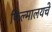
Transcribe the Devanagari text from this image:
फिल्मालयचे